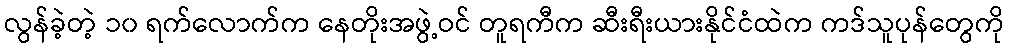
လွန်ခဲ့တဲ့ ၁၀ ရက်လောက်က နေတိုးအဖွဲ့ဝင် တူရကီက ဆီးရီးယားနိုင်ငံထဲက ကဒ်သူပုန်တွေကို